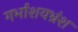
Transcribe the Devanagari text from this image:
गर्भाशयभ्रंश